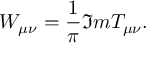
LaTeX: W _ { \mu \nu } = \frac { 1 } { \pi } \Im m T _ { \mu \nu } .